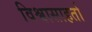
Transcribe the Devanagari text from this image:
विश्वासाहर्ता